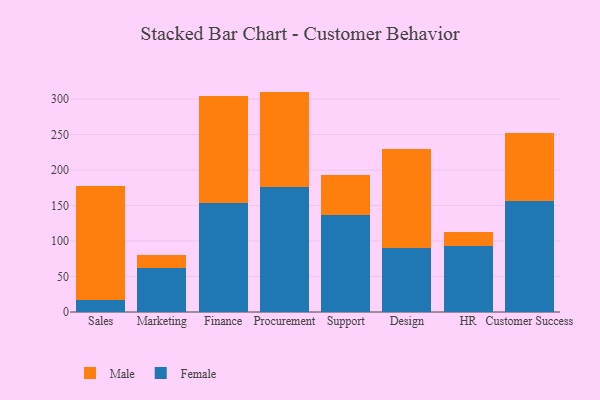
{"axis": {"x": "Department", "y": "Operating Costs (USD K)"}, "legend": ["Female", "Male"], "data": [{"x": "Sales", "y": 17.4, "type": "Female"}, {"x": "Sales", "y": 160.0, "type": "Male"}, {"x": "Marketing", "y": 62.2, "type": "Female"}, {"x": "Marketing", "y": 18.2, "type": "Male"}, {"x": "Finance", "y": 153.0, "type": "Female"}, {"x": "Finance", "y": 150.8, "type": "Male"}, {"x": "Procurement", "y": 175.9, "type": "Female"}, {"x": "Procurement", "y": 134.7, "type": "Male"}, {"x": "Support", "y": 136.3, "type": "Female"}, {"x": "Support", "y": 56.9, "type": "Male"}, {"x": "Design", "y": 90.4, "type": "Female"}, {"x": "Design", "y": 139.6, "type": "Male"}, {"x": "HR", "y": 92.7, "type": "Female"}, {"x": "HR", "y": 20.3, "type": "Male"}, {"x": "Customer Success", "y": 156.6, "type": "Female"}, {"x": "Customer Success", "y": 95.5, "type": "Male"}]}